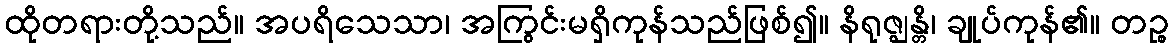
ထိုတရားတို့သည်။ အပရိသေသာ၊ အကြွင်းမရှိကုန်သည်ဖြစ်၍။ နိရုဇ္ဈန္တိ၊ ချုပ်ကုန်၏။ တဉ္စ